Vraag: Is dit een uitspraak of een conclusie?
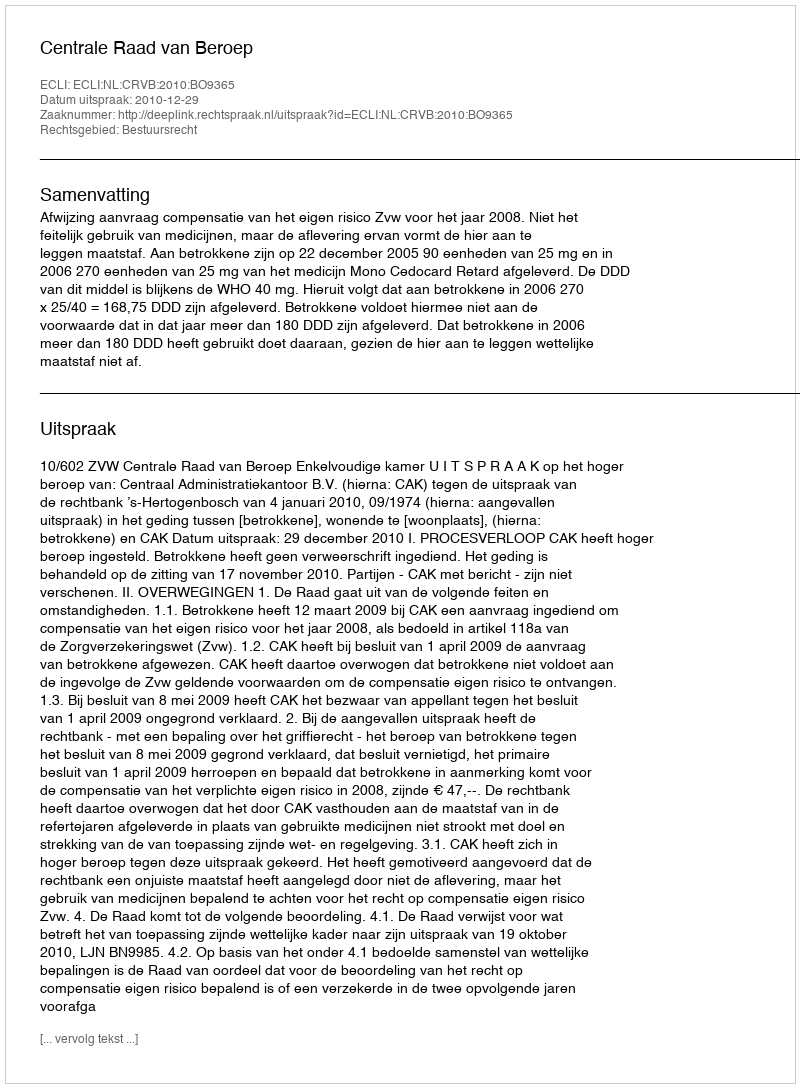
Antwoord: Uitspraak